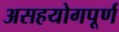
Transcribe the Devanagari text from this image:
असहयोगपूर्ण